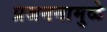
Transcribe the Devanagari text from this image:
प्रजननामुळे